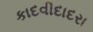
કાદવીદાદરા